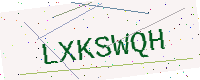
Text: LXKSWQH